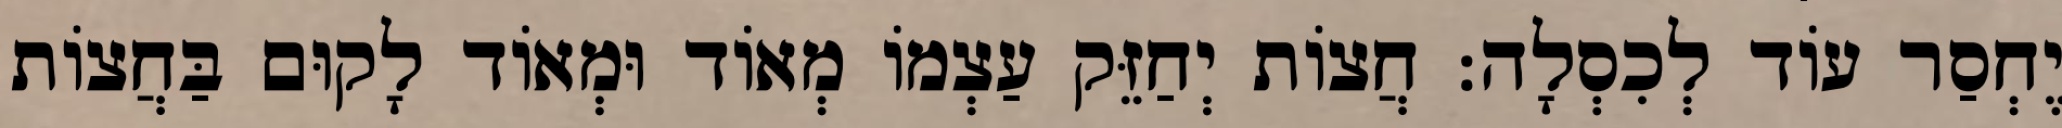
יֶחְסַר עוֹד לְכִסְלָה: חֲצוֹת יְחַזֵּק עַצְמוֹ מְאוֹד וּמְאוֹד לָקוּם בַּחֲצוֹת